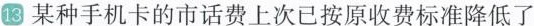
13 某种手机卡的市话费上次已按原收费标准降低了